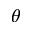
\theta